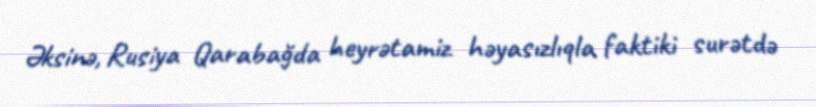
Əksinə, Rusiya Qarabağda heyrətamiz həyasızlıqla faktiki surətdə